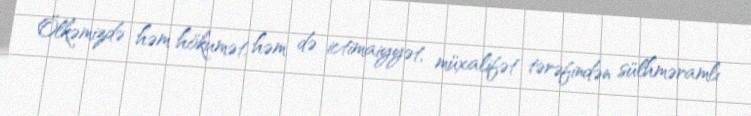
Ölkəmizdə həm hökumət, həm də ictimaiyyət, müxalifət tərəfindən sülhməramlı